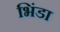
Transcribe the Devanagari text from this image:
भिंडा